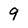
Character: 9